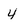
Character: 4